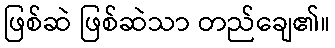
ဖြစ်ဆဲ ဖြစ်ဆဲသာ တည်ချေ၏။